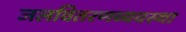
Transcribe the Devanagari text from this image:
जलवितरणव्यवस्था